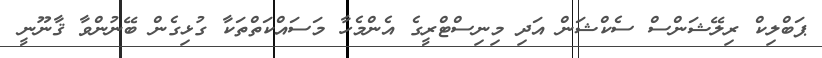
ޕަބްލިކް ރިލޭޝަންސް ސެކްޝަން އަދި މިނިސްޓްރީގެ އެންމެހާ މަސައްކަތްތަކާ ގުޅިގެން ބޭނުންވާ ޤާނޫނީ